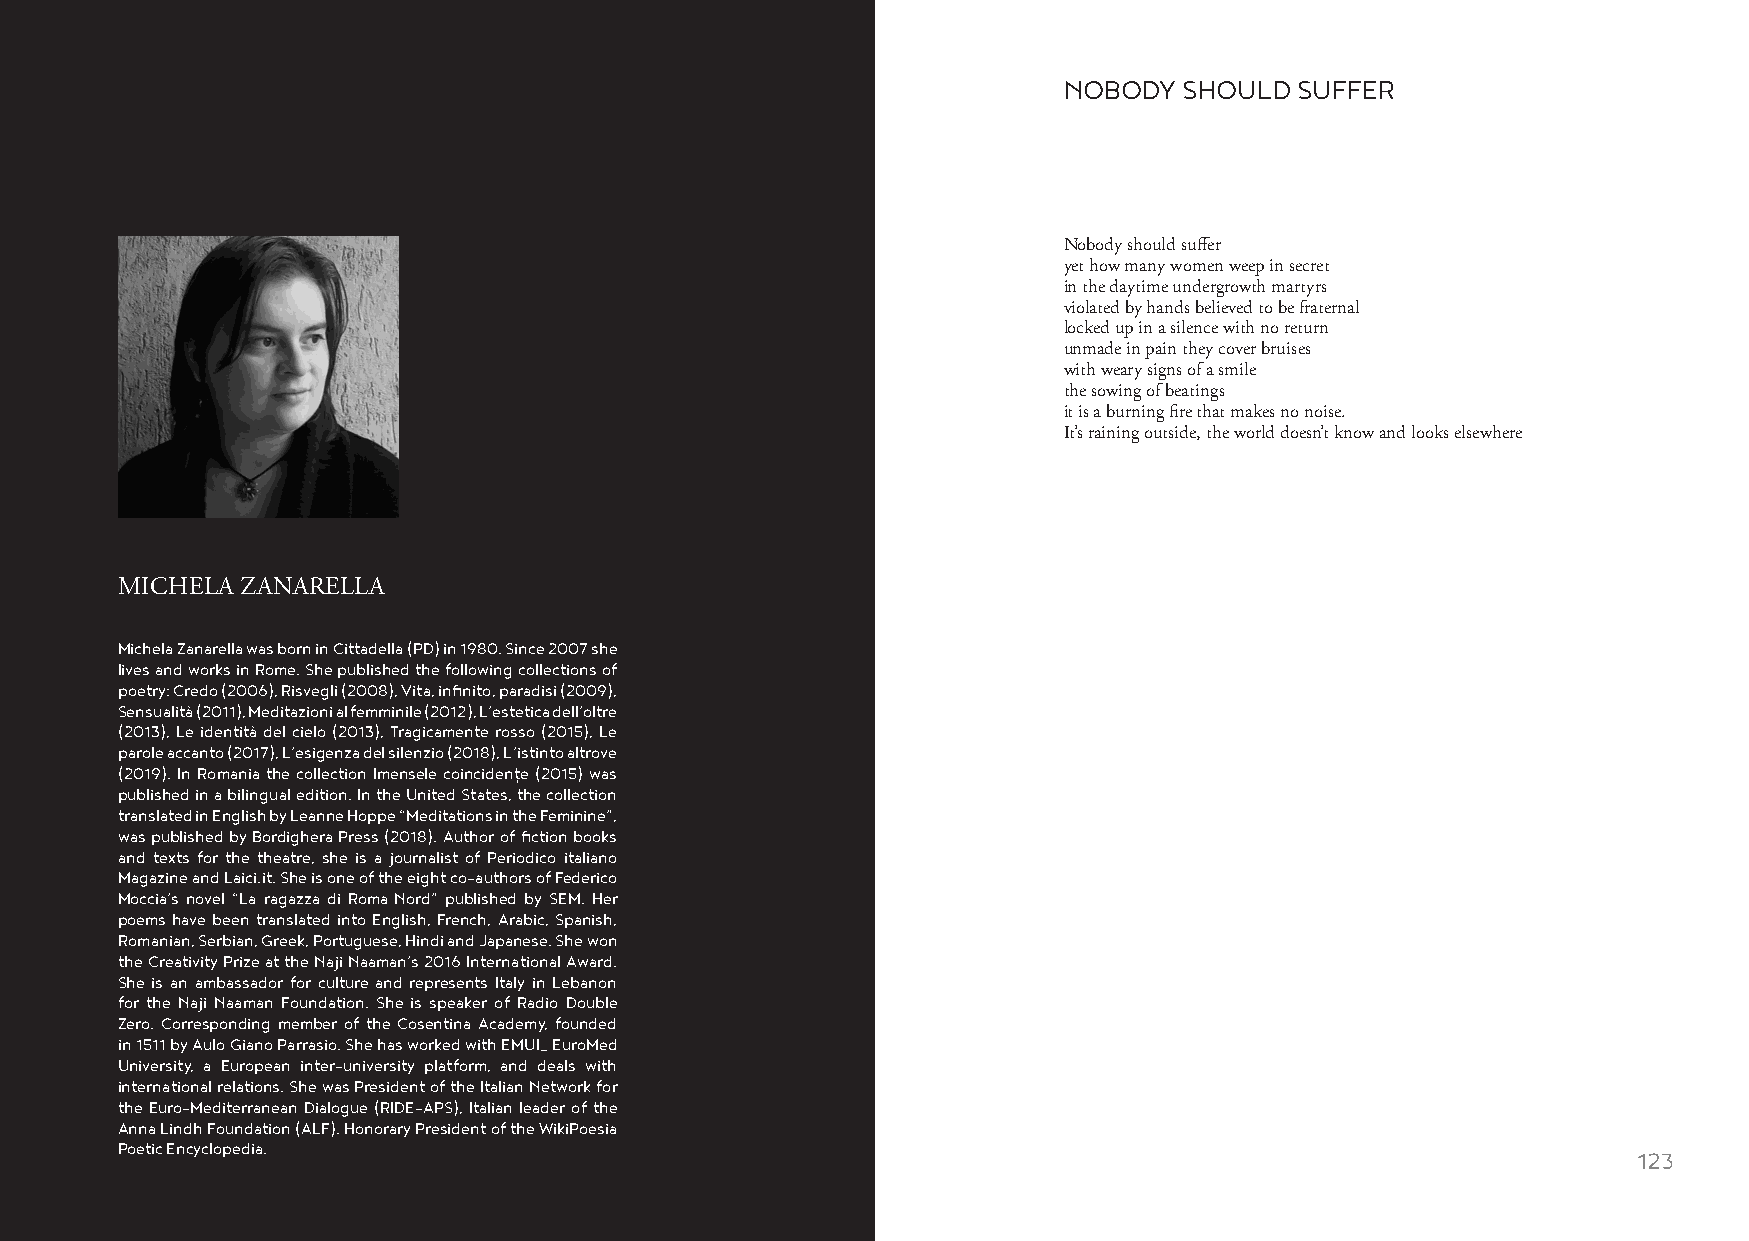
NOBODY  SHOULD  SUFFER
 Nobody should suffer
 yet how many women weep in secret
 in the daytime undergrowth martyrs
 violated by hands believed to be fraternal
 locked up in a silence with no return
 unmade in pain they cover bruises
 with weary signs of a smile
 the sowing of beatings
 it is a burning fire that makes no noise.
 It’s raining outside, the world doesn’t know and looks elsewhere
 MICHELA ZANARELLA
 Michela Zanarella was born in Cittadella (PD) in 1980. Since 2007 she
 lives and works in Rome. She published the following collections of
 poetry: Credo (2006), Risvegli (2008), Vita, infinito, paradisi (2009),
 Sensualità (2011), Meditazioni al femminile (2012), L’estetica dell’oltre
 (2013), Le identità del cielo (2013), Tragicamente rosso (2015), Le
 parole accanto (2017), L’esigenza del silenzio (2018), L’istinto altrove
 (2019). In Romania the collection Imensele coincidenţe (2015) was
 published in a bilingual edition. In the United States, the collection
 translated in English by Leanne Hoppe “Meditations in the Feminine”,
 was published by Bordighera Press (2018). Author of fiction books
 and texts for the theatre, she is a journalist of Periodico italiano
 Magazine and Laici.it. She is one of the eight co-authors of Federico
 Moccia’s novel “La ragazza di Roma Nord” published by SEM. Her
 poems have been translated into English, French, Arabic, Spanish,
 Romanian, Serbian, Greek, Portuguese, Hindi and Japanese. She won
 the Creativity Prize at the Naji Naaman’s 2016 International Award.
 She is an ambassador for culture and represents Italy in Lebanon
 for the Naji Naaman Foundation. She is speaker of Radio Double
 Zero. Corresponding member of the Cosentina Academy, founded
 in 1511 by Aulo Giano Parrasio. She has worked with EMUI_ EuroMed
 University, a European inter-university platform, and deals with
 international relations. She was President of the Italian Network for
 the Euro-Mediterranean Dialogue (RIDE-APS), Italian leader of the
 Anna Lindh Foundation (ALF). Honorary President of the WikiPoesia
 Poetic Encyclopedia.
 122                                                                                                    123